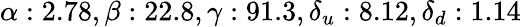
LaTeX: \alpha:2.78,\beta:22.8,\gamma:91.3,\delta_{u}:8.12,\delta_{d}:1.14